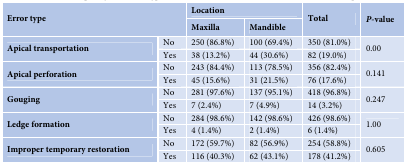
| <ROWSPAN=2-COLSPAN=2> Error type | <COLSPAN=2> Location | <ROWSPAN=2> Total | <ROWSPAN=2> P-value |
 | Maxilla | Mandible |
 | --- | --- | --- | --- | --- | --- |
 | <ROWSPAN=2> Apical transportation | No | 250 (86.8%) | 100 (69.4%) | 350 (81.0%) | <ROWSPAN=2> 0.00 |
 | Yes | 38 (13.2%) | 44 (30.6%) | 82 (19.0%) |
 | <ROWSPAN=2> Apical perforation | No | 243 (84.4%) | 113 (78.5%) | 356 (82.4%) | <ROWSPAN=2> 0.141 |
 | Yes | 45 (15.6%) | 31 (21.5%) | 76 (17.6%) |
 | <ROWSPAN=2> Gouging | No | 281 (97.6%) | 137 (95.1%) | 418 (96.8%) | <ROWSPAN=2> 0.247 |
 | Yes | 7 (2.4%) | 7 (4.9%) | 14 (3.2%) |
 | <ROWSPAN=2> Ledge formation | No | 284 (98.6%) | 142 (98.6%) | 426 (98.6%) | <ROWSPAN=2> 1.00 |
 | Yes | 4 (1.4%) | 2 (1.4%) | 6 (1.4%) |
 | <ROWSPAN=2> Improper temporary restoration | No | 172 (59.7%) | 82 (56.9%) | 254 (58.8%) | <ROWSPAN=2> 0.605 |
 | Yes | 116 (40.3%) | 62 (43.1%) | 178 (41.2%) |